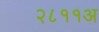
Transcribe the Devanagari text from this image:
२८११अ